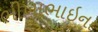
ભીખાભાઇના